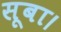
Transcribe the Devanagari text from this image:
सूबा।